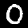
Digit: 0